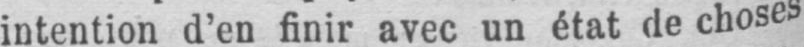
intention d’en finir avec un état de choses